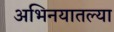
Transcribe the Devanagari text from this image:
अभिनयातल्या